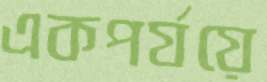
একপর্যয়ে